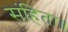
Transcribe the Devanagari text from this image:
संहिता॥